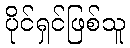
ပိုင်ရှင်ဖြစ်သူ